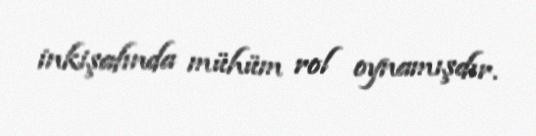
inkişafında mühüm rol oynamışdır.